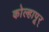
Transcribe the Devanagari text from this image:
कोल्हापूर्